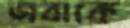
জবাকে